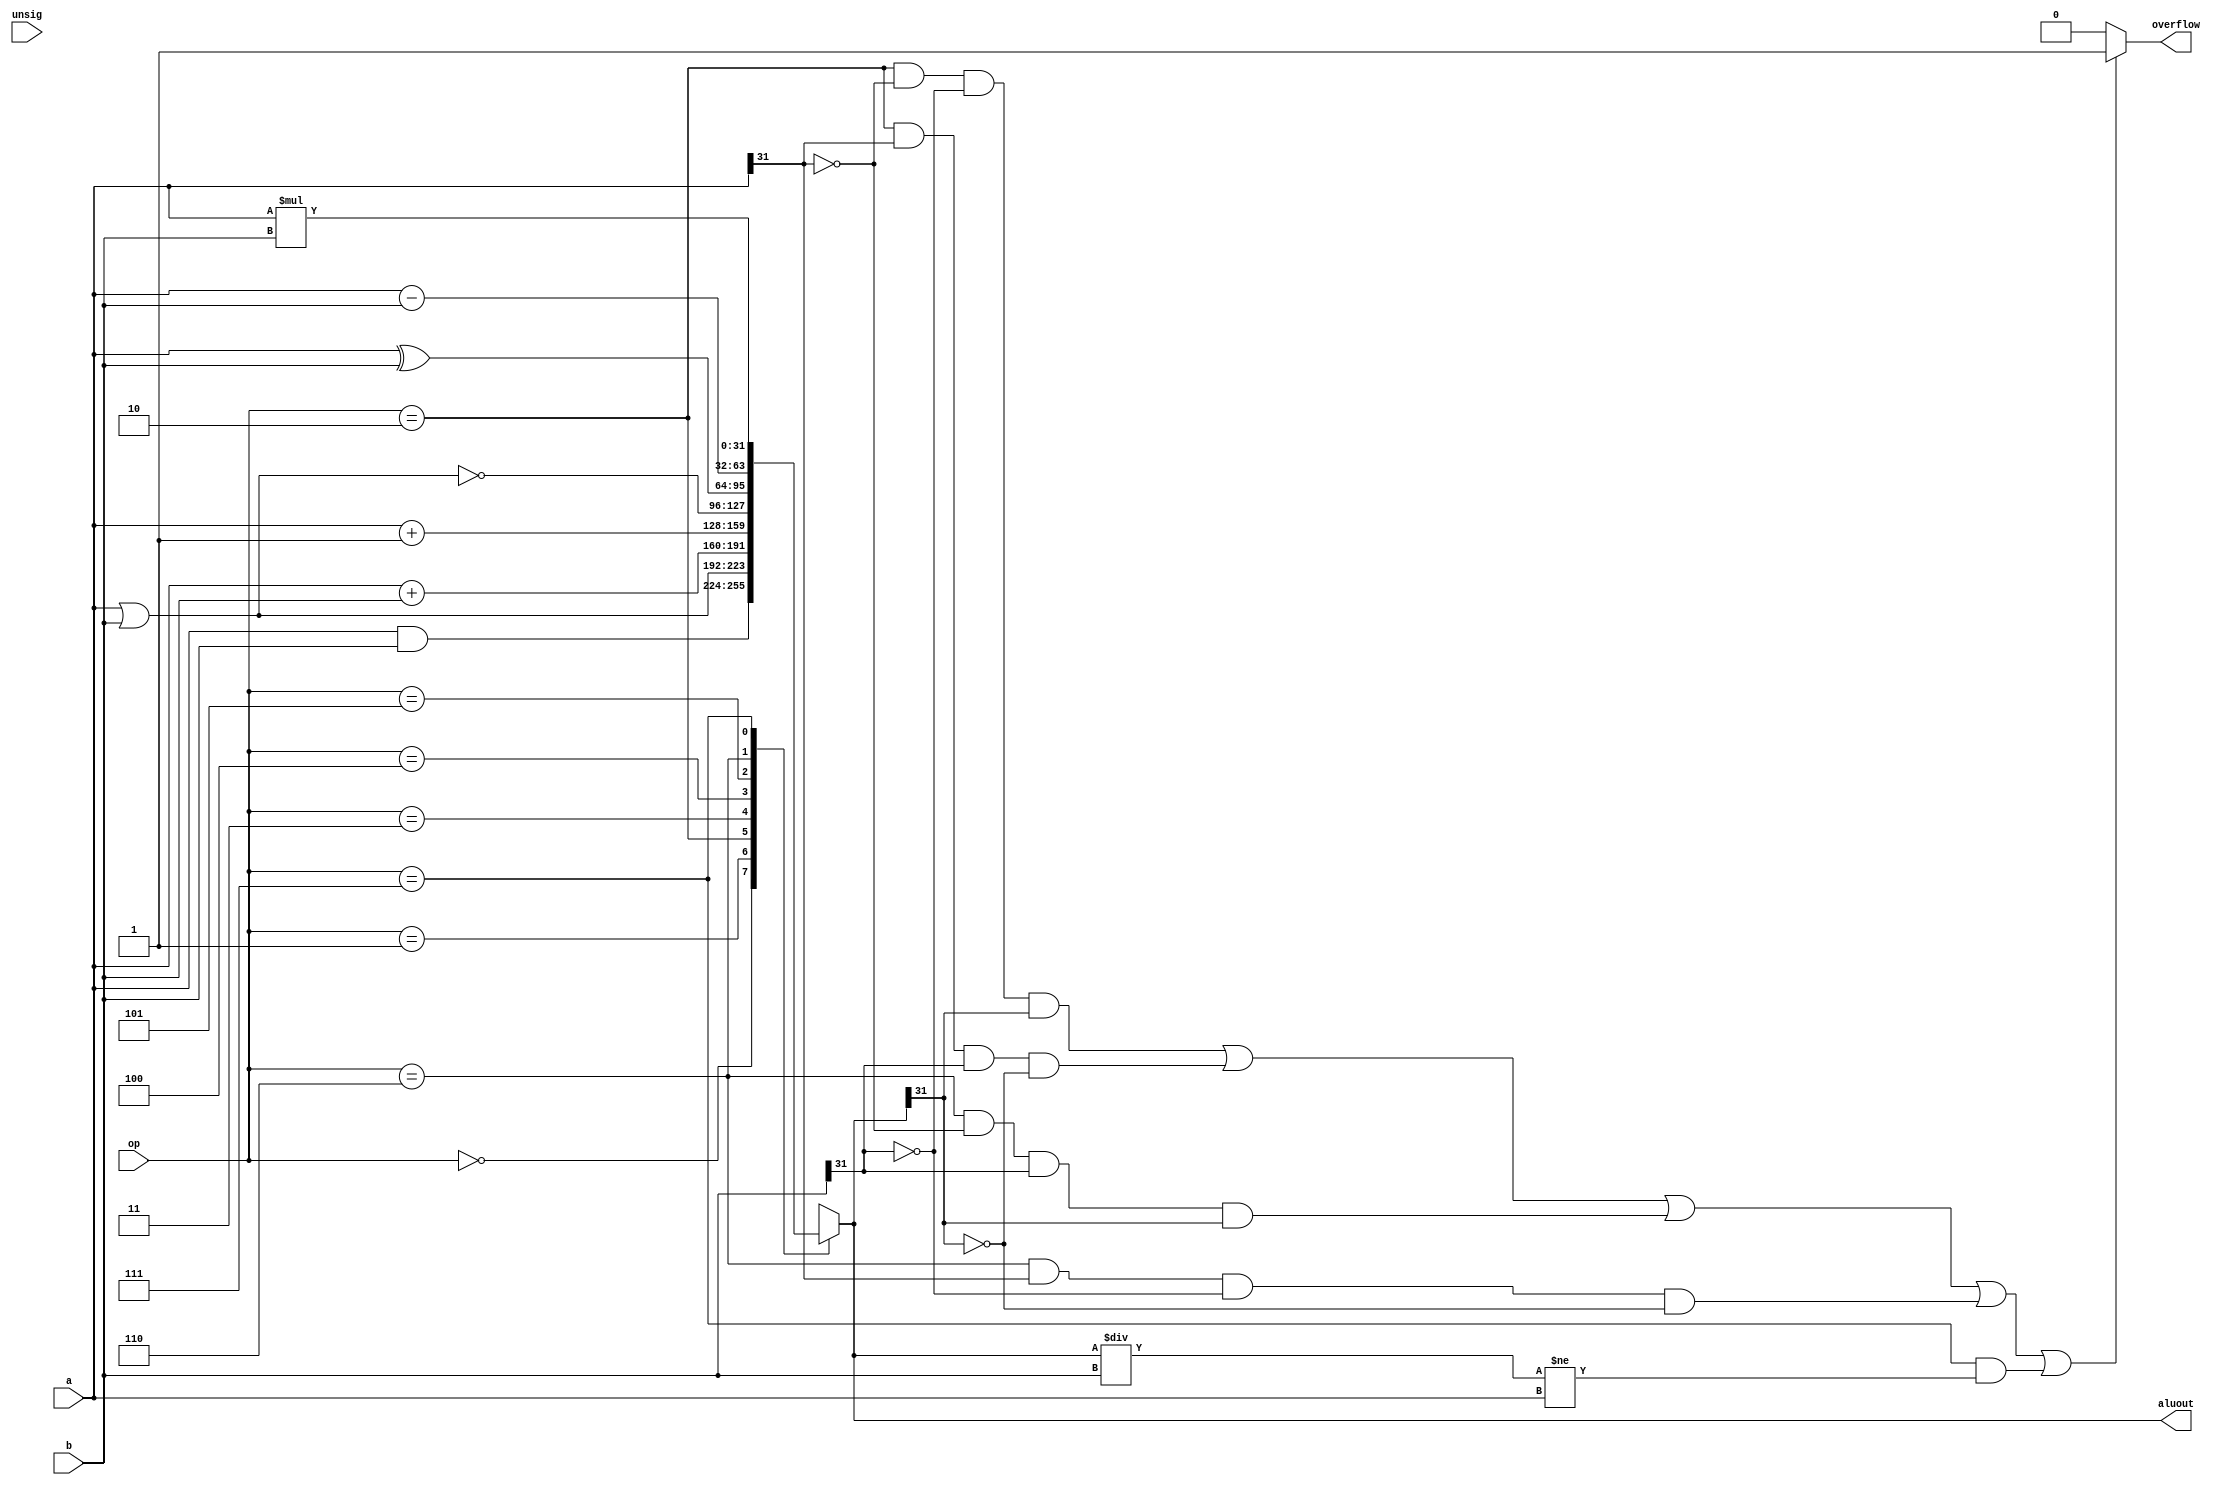
module Alu (
    input     [31:0]    a,
    input     [31:0]    b,
    output    [31:0]    aluout,
    input     [2:0]     op,
    input               unsig,
    output              overflow
);

    reg    [31:0]    aluout_reg;
    reg              overflow_reg;
    
    assign aluout = aluout_reg;
    assign overflow = overflow_reg;

    always @(*) begin
        case (op)
            3'b000:  aluout_reg = a & b;
            3'b001:  aluout_reg = a | b;
            3'b010:  aluout_reg = a + b;
            3'b011:  aluout_reg = a + 1;
            3'b100:  aluout_reg = ~(a | b);
            3'b101:  aluout_reg = a ^ b;
            3'b110:  aluout_reg = a - b;
            3'b111:  aluout_reg = a * b;
        endcase
        if ((op==3'b010 & a[31]==0 & b[31]==0 & aluout_reg[31]==1) ||
            (op==3'b010 & a[31]==1 & b[31]==1 & aluout_reg[31]==0) ||
            (op==3'b110 & a[31]==0 & b[31]==1 & aluout_reg[31]==1) ||
            (op==3'b110 & a[31]==1 & b[31]==0 & aluout_reg[31]==0) ||
            (op==3'b111 & (aluout_reg / b) != a)) begin
            overflow_reg <= 1'b1;
        end else begin
            overflow_reg <= 1'b0;
        end
    end

endmodule